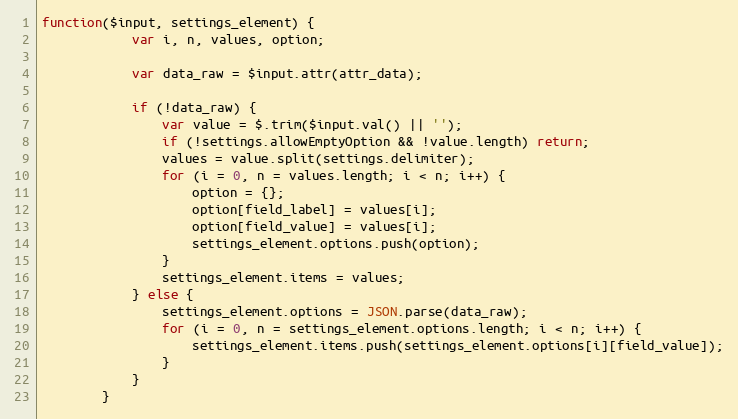
Language: JavaScript
function($input, settings_element) {
			var i, n, values, option;

			var data_raw = $input.attr(attr_data);

			if (!data_raw) {
				var value = $.trim($input.val() || '');
				if (!settings.allowEmptyOption && !value.length) return;
				values = value.split(settings.delimiter);
				for (i = 0, n = values.length; i < n; i++) {
					option = {};
					option[field_label] = values[i];
					option[field_value] = values[i];
					settings_element.options.push(option);
				}
				settings_element.items = values;
			} else {
				settings_element.options = JSON.parse(data_raw);
				for (i = 0, n = settings_element.options.length; i < n; i++) {
					settings_element.items.push(settings_element.options[i][field_value]);
				}
			}
		}